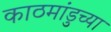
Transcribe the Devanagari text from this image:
काठमांडुच्या